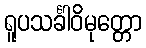
ရူပသင်္ခါဝိမုတ္တော